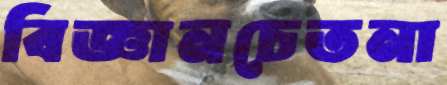
বিজ্ঞানচেতনা